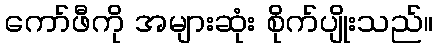
ကော်ဖီကို အများဆုံး စိုက်ပျိုးသည်။